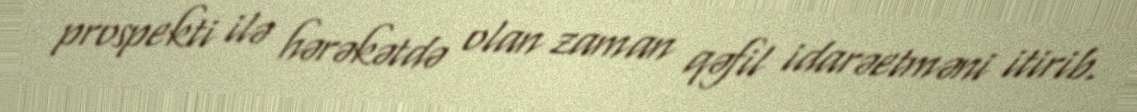
prospekti ilə hərəkətdə olan zaman qəfil idarəetməni itirib.